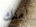
املك